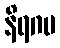
နိရဂမ